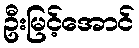
ဦးမြင့်အောင်